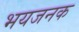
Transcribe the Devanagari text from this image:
भयजनक